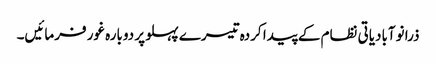
ذرا نوآبادیاتی نظام کے پیدا کردہ تیسرے پہلو پر دوبارہ غور فرمائیں۔